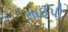
તાઈપી